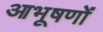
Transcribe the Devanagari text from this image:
आभूषणों